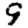
Digit: 9